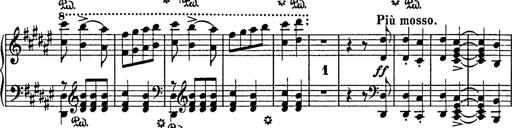
Title: Hungarian Rhapsody No.18
Composer: Franz Liszt
Key: F-sharp minor